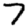
Digit: 7